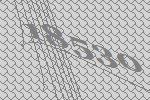
18530